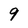
Character: 9